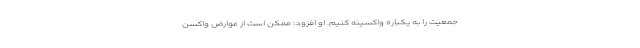
جمعیت را به یکباره واکسینه کنیم. او افزود: ممکن است از عوارض واکسن